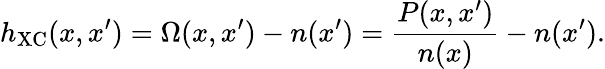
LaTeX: h_{\mathrm{XC}}(x,x^{\prime})=\Omega(x,x^{\prime})-n(x^{\prime})=\frac{P(x,x^{\prime})}{n(x)}-n(x^{\prime}).